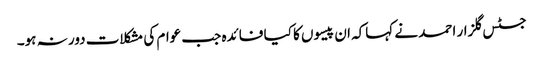
جسٹس گلزار احمد نے کہاکہ ان پیسوں کا کیا فائدہ جب عوام کی مشکلات دور نہ ہو۔